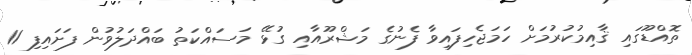
ތޮއްޑޫގައި ޤާއިމުކުރުމަށް ހަމަޖެހިފައިވާ ފެނުގެ މަޝްރޫއާއި ގުޅޭ މަސައްކަތު ބައްދަލުވުން ފަށައިފި 11